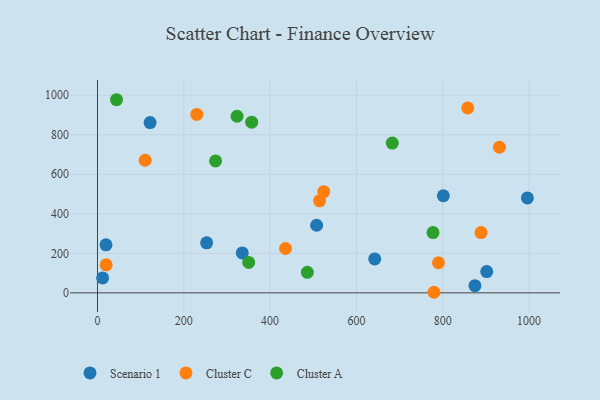
{"axis": {"x": "Speed", "y": "Sales"}, "legend": ["Cluster A", "Cluster C", "Scenario 1"], "data": [{"x": "902.0", "y": 107.8, "type": "Scenario 1"}, {"x": "642.4", "y": 171.5, "type": "Scenario 1"}, {"x": "252.9", "y": 252.9, "type": "Scenario 1"}, {"x": "19.7", "y": 242.7, "type": "Scenario 1"}, {"x": "121.9", "y": 861.6, "type": "Scenario 1"}, {"x": "874.6", "y": 36.4, "type": "Scenario 1"}, {"x": "335.5", "y": 202.2, "type": "Scenario 1"}, {"x": "996.1", "y": 480.0, "type": "Scenario 1"}, {"x": "507.8", "y": 342.0, "type": "Scenario 1"}, {"x": "801.4", "y": 491.2, "type": "Scenario 1"}, {"x": "11.9", "y": 75.4, "type": "Scenario 1"}, {"x": "858.0", "y": 935.5, "type": "Cluster C"}, {"x": "524.3", "y": 512.0, "type": "Cluster C"}, {"x": "230.1", "y": 902.4, "type": "Cluster C"}, {"x": "110.5", "y": 670.9, "type": "Cluster C"}, {"x": "779.7", "y": 2.9, "type": "Cluster C"}, {"x": "514.6", "y": 465.7, "type": "Cluster C"}, {"x": "20.1", "y": 141.7, "type": "Cluster C"}, {"x": "888.8", "y": 304.8, "type": "Cluster C"}, {"x": "931.3", "y": 736.6, "type": "Cluster C"}, {"x": "790.1", "y": 152.3, "type": "Cluster C"}, {"x": "435.7", "y": 224.3, "type": "Cluster C"}, {"x": "273.6", "y": 667.3, "type": "Cluster A"}, {"x": "357.3", "y": 863.6, "type": "Cluster A"}, {"x": "777.5", "y": 305.1, "type": "Cluster A"}, {"x": "323.4", "y": 893.3, "type": "Cluster A"}, {"x": "44.1", "y": 977.0, "type": "Cluster A"}, {"x": "350.4", "y": 154.1, "type": "Cluster A"}, {"x": "486.3", "y": 103.6, "type": "Cluster A"}, {"x": "683.1", "y": 757.6, "type": "Cluster A"}]}